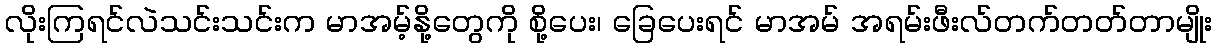
လိုးကြရင်လဲသင်းသင်းက မာအမ့်နို့တွေကို စို့ပေး၊ ခြေပေးရင် မာအမ် အရမ်းဖီးလ်တက်တတ်တာမျိုး